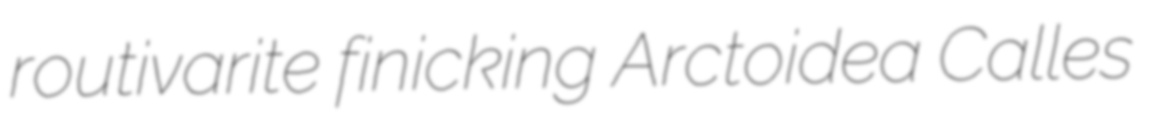
routivarite finicking Arctoidea Calles